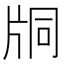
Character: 𤖾